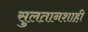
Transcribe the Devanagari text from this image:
सुलतानशाही